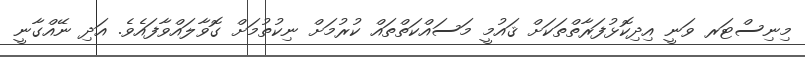
މިނިސްޓަރ ވަނީ އިދިކޮޅުފަރާތްތަކަށް ޤައުމީ މަސައްކަތްތައް ކުރުމަށް ނިކުތުމަށް ގޮވާލައްވާފައެވެ. އަދި ނޭއްގާނީ